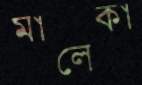
মালেকা